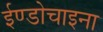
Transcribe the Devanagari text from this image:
ईण्डोचाइना